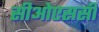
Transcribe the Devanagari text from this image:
सीओएससी